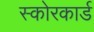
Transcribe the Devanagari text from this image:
स्‍कोरकार्ड